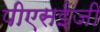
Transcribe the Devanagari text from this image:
पीएसईजी